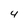
Character: 4